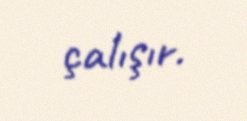
çalışır.